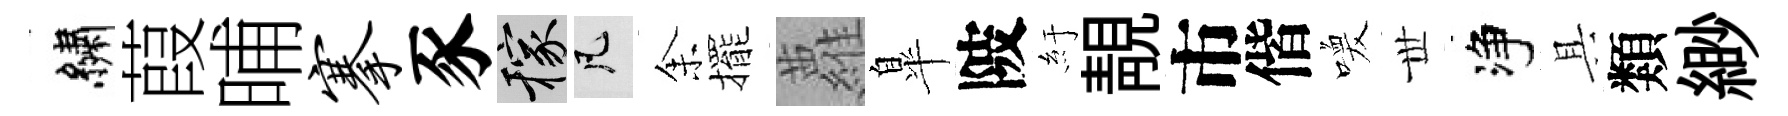
繡葭晡搴豕稼凡𪜬擺蘿臯陂紆靚市偕喚𠀍净具類緲